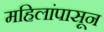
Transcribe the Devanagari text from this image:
महिलांपासून